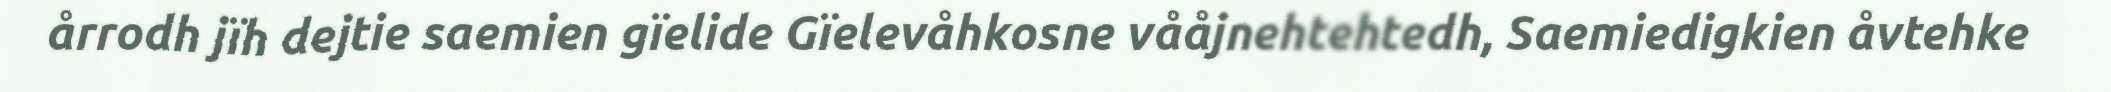
årrodh jïh dejtie saemien gïelide Gïelevåhkosne vååjnehtehtedh, Saemiedigkien åvtehke